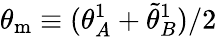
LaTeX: \theta_{\mathrm{m}}\equiv(\theta_{A}^{1}+\tilde{\theta}_{B}^{1})/2